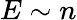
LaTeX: E\sim n